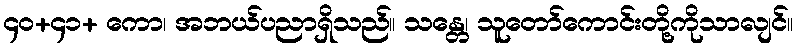
၄၀+၄၁+ ကော၊ အဘယ်ပညာရှိသည်။ သန္တေ၊ သူတော်ကောင်းတို့ကိုသာလျင်။